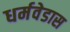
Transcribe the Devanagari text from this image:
धर्मवेडास